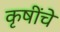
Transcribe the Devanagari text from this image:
कृषींचे